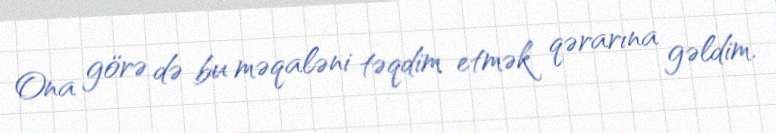
Ona görə də bu məqaləni təqdim etmək qərarına gəldim.